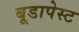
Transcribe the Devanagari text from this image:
बूडापेस्ट